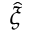
\hat { \xi }